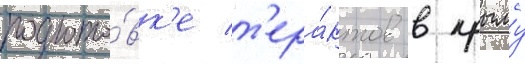
подгото́вк'е т'ера́ктов в крыму